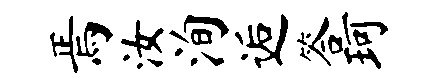
焉汝洵逅答珂